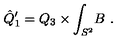
\hat { Q } _ { 1 } ^ { \prime } = Q _ { 3 } \times \int _ { S ^ { 2 } } \! B \ .